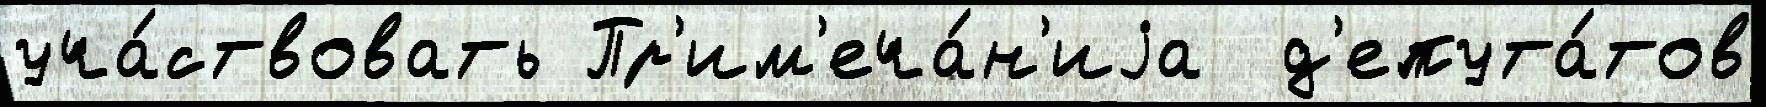
уча́ствовать Пр'им'еча́н'иjа  д'епута́тов